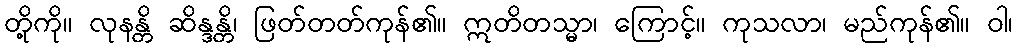
တို့ကို။ လုနန္တိ ဆိန္ဒန္တိ၊ ဖြတ်တတ်ကုန်၏။ ဣတိတသ္မာ၊ ကြောင့်။ ကုသလာ၊ မည်ကုန်၏။ ဝါ၊